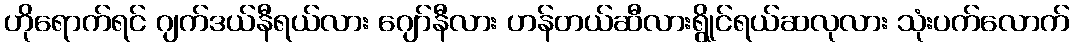
ဟိုရောက်ရင် ဂျက်ဒယ်နီရယ်လား ဂျော်နီလား ဟန်တယ်ဆီလားရွိုင်ရယ်ဆလုလား သုံးပက်လောက်